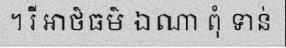
។ រី អាថ៌ធម៌ ឯណា ពុំ ទាន់